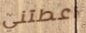
اعطتني